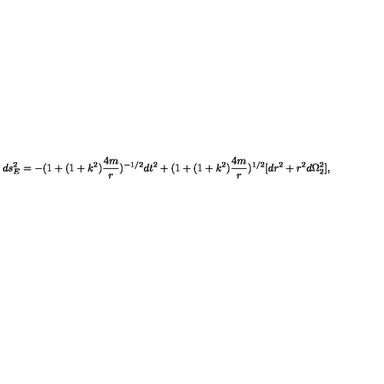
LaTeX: d s _ { E } ^ { 2 } = - ( 1 + ( 1 + k ^ { 2 } ) \frac { 4 m } { r } ) ^ { - 1 / 2 } d t ^ { 2 } + ( 1 + ( 1 + k ^ { 2 } ) \frac { 4 m } { r } ) ^ { 1 / 2 } [ d r ^ { 2 } + r ^ { 2 } d \Omega _ { 2 } ^ { 2 } ] ,